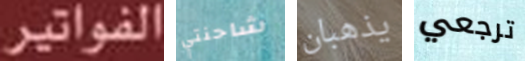
الفواتير شاحنتي يذهبان ترجعي